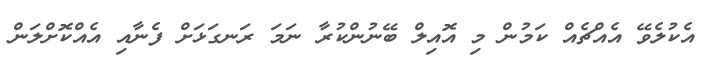
އެކުލެވޭ އެއްޗެއް ކަމުން މި އޮއިލް ބޭނުންކުރާ ނަމަ ރަނގަޅަށް ފެނާއި އެއްކޮށްލަން